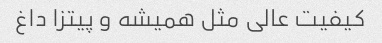
کیفیت عالی مثل همیشه و پیتزا داغ